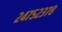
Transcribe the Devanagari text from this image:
२४७५२३७८